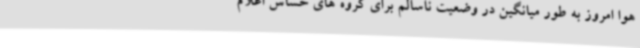
هوا امروز به طور میانگین در وضعیت ناسالم برای گروه های حساس اعلام